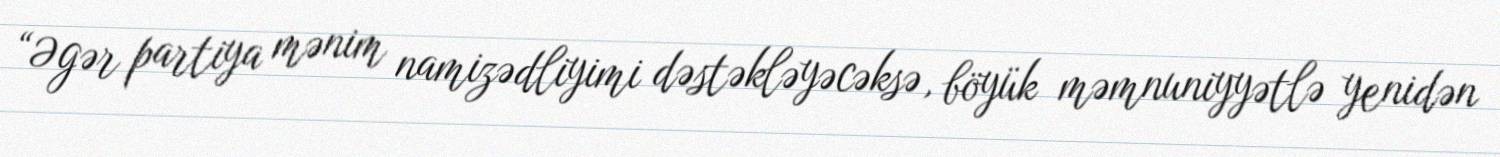
“Əgər partiya mənim namizədliyimi dəstəkləyəcəksə, böyük məmnuniyyətlə yenidən